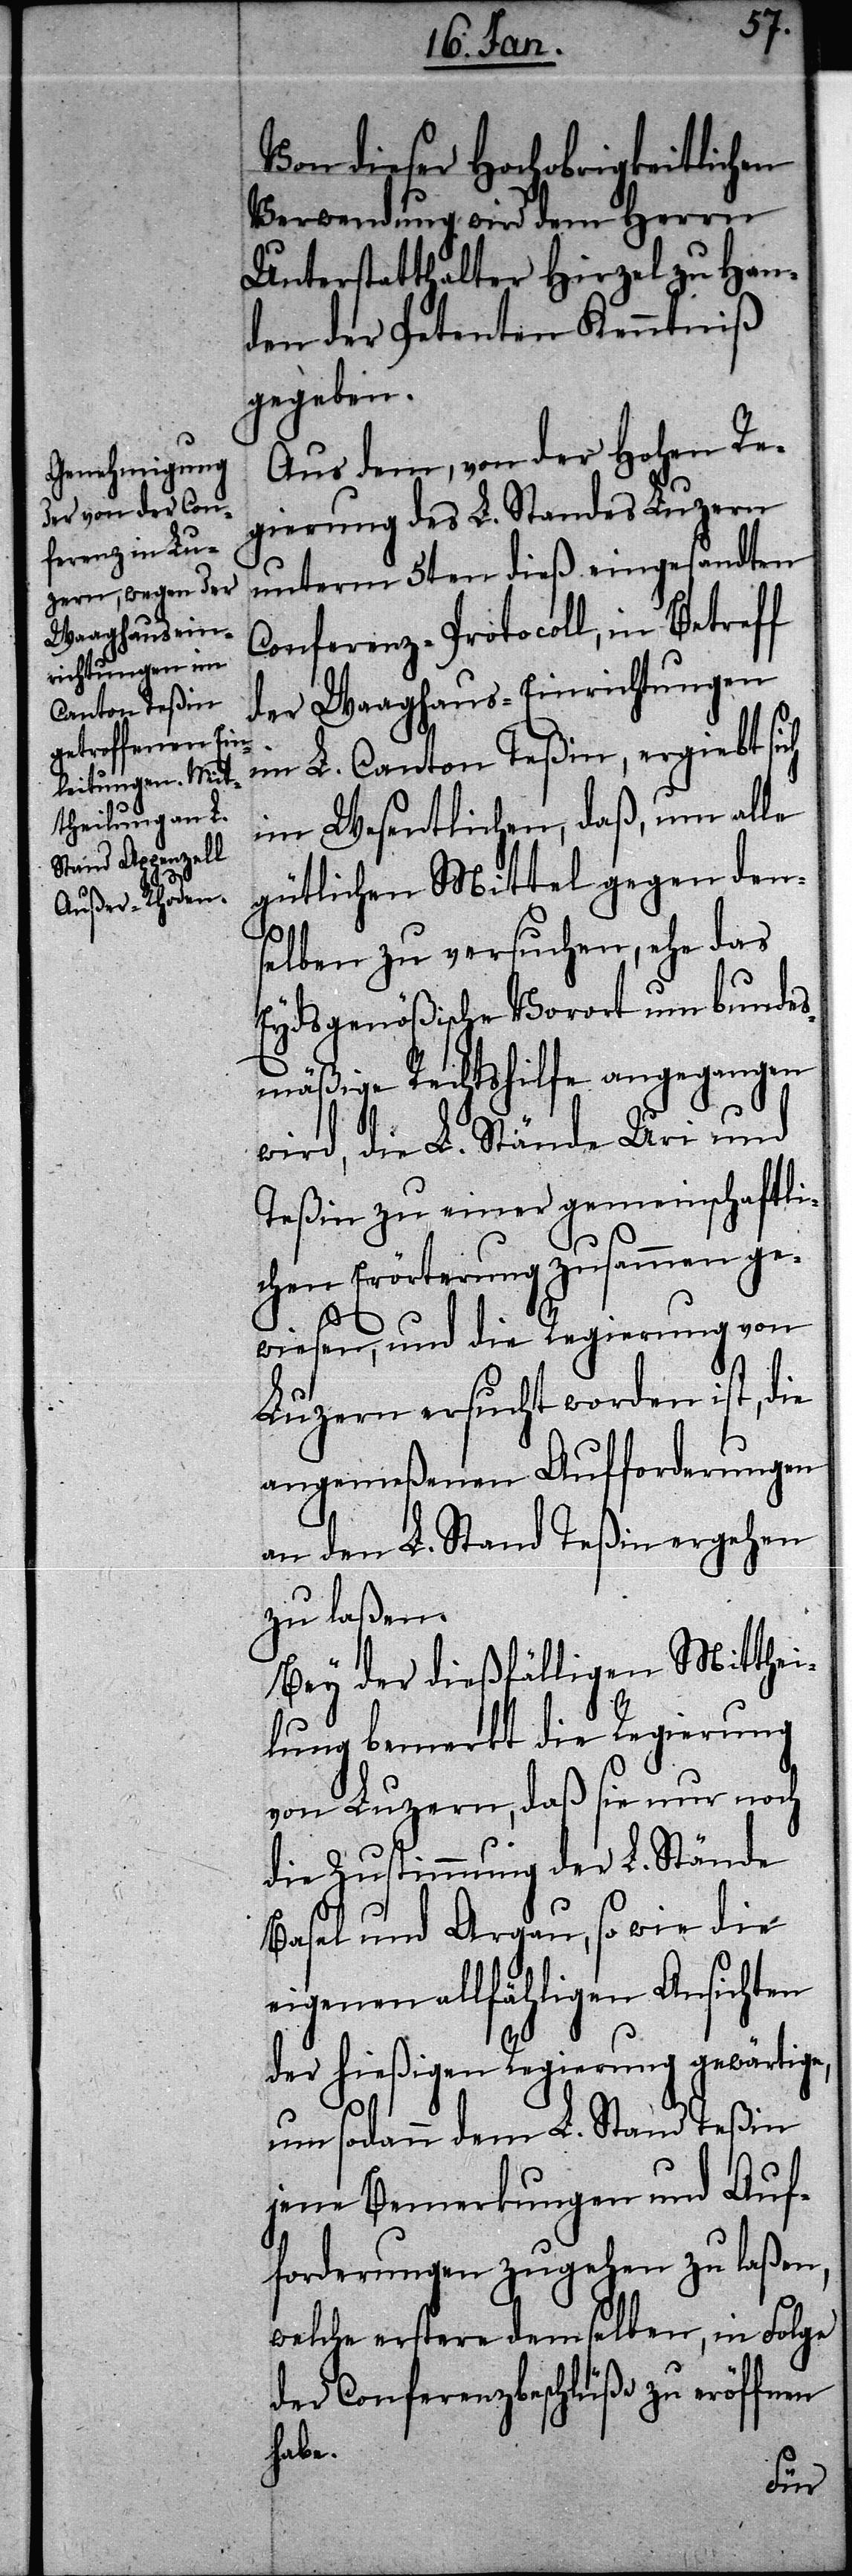
Von dieser Hochobrigkeitlichen
Verwendung wird dem Herrn
Unterstatthalter Hirzel zu Han¬
den der Petenten Kenntniß
gegeben.
Aus dem, von der Hohen Re¬
gierung des L. Standes Luzern
unterm 5ten dieß eingesandten
Conferenz-Protocoll, in Betreff
der Waaghaus-Einrichtungen
im L. Canton Teßin, ergiebt sich
im Wesentlichen, daß, um alle
gütlichen Mittel gegen den¬
selben zu versuchen, ehe das
Eydsgenößische Vorort um bundes¬
mäßige Rechtshilfe angegangen
wird, die L. Stände Uri und
Teßin zu einer gemeinschaftli¬
chen Erörterung zusammen ge¬
wiesen, und die Regierung von
Luzern ersucht worden ist, die
angemeßenen Aufforderungen
an den L. Stand Teßin ergehen
zu laßen.
Bey der dießfälligen Mitthei¬
lung bemerkt die Regierung
von Luzern, daß sie nur noch
die Zustimmung der L. Stände
Basel und Argau, so wie die
eigenen allfähligen Ansichten
der hießigen Regierung gewärtige,
um sodann dem L. Stand Teßin
jene Bemerkungen und Auf¬
forderungen zugehen zu laßen,
welche erstere demselben, in Folge
der Conferenzbeschlüße zu eröf¬
habe.
fnen